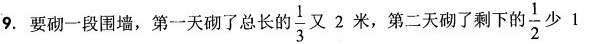
要一段围墙，第一天砌了总长的\frac{1}{3}又2米，第二天砌了剩下的\frac{1}{2}少1